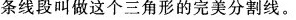
条线段叫做这个三角形的完美分割线。